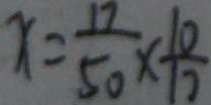
x = \frac { 1 7 } { 5 0 } \times \frac { 1 0 } { 1 7 }